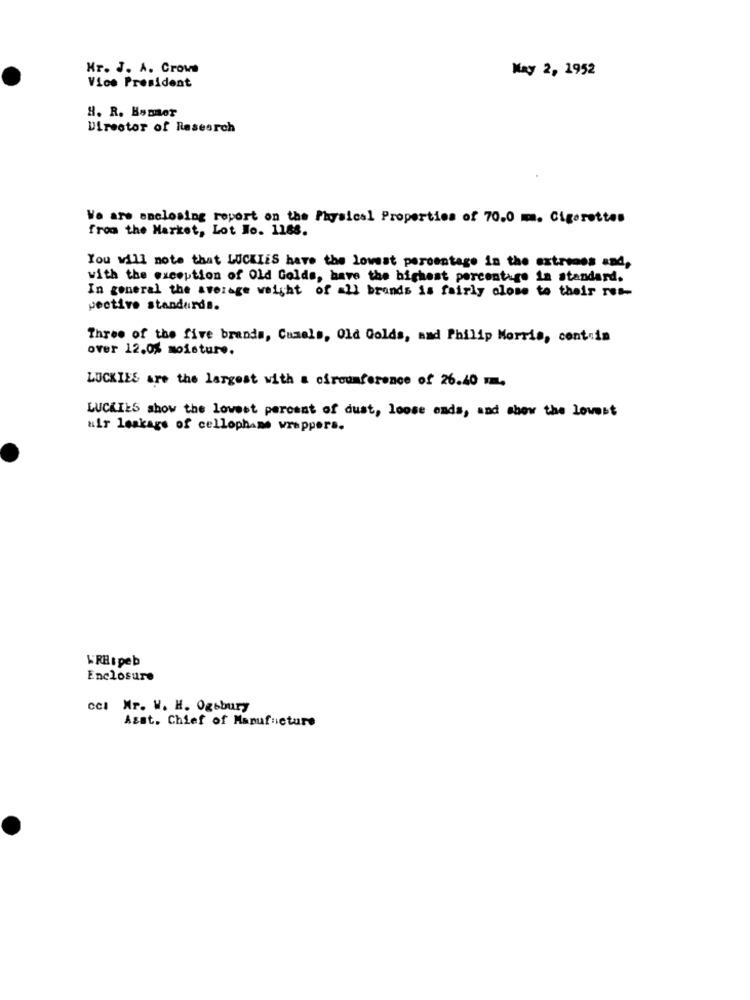
Hr. J. A. Crowe
May 2, 1952
Vice President
H. R. HoBer
Director of Research
Ve are enclosing report on the Physical Properties of 70.0 m. Cigarettes
from the Market, Lot No. 1188.
You will note that LUCKIES have the lowest percentage in the extremes and,
with the exception of Old Golds, have the highest percentage in standard.
In general the average weight of all brands is fairly close to their res-
pective standards.
Three of the five brands, Camels, Old Golds, and Philip Morris, cont.in
over 12.0% moisture.
LUCKIES are the largest with a circumference of 26.40 m.
LUCKILS show the lowest percent of dust, loose ends, and show the Lowest
wir leakage of cellophane wrappers.
WRH speb
Enclosure
ccl Mr. W. H. Ogebury
Asst. Chief of Manufacture